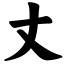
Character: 丈